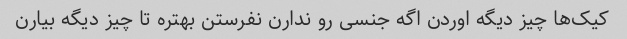
کیک‌ها چیز دیگه اوردن اگه جنسی رو ندارن نفرستن بهتره تا چیز دیگه بیارن